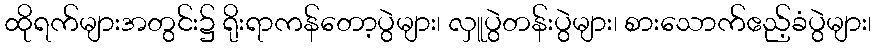
ထိုရက်များအတွင်း၌ ရိုးရာကန်တော့ပွဲများ၊ လှူပွဲတန်းပွဲများ၊ စားသောက်ဧည့်ခံပွဲများ၊